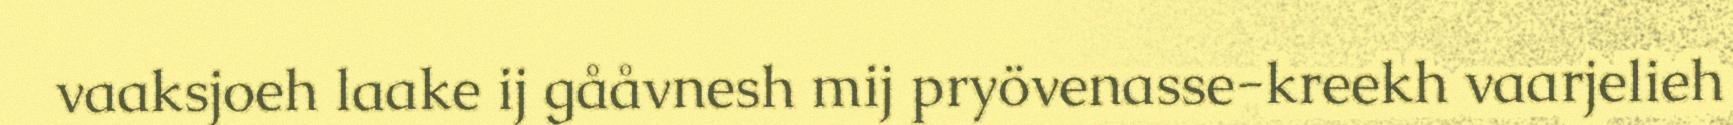
vaaksjoeh laake ij gååvnesh mij pryövenasse-kreekh vaarjelieh